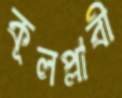
কূলপ্লাবী